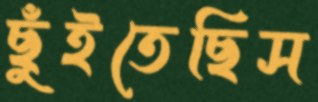
ছুঁইতেছিস